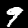
Label: 9